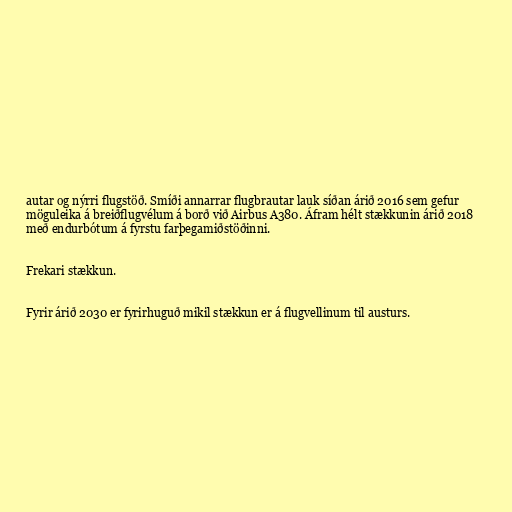
autar og nýrri flugstöð. Smíði annarrar flugbrautar lauk síðan árið 2016 sem gefur
möguleika á breiðflugvélum á borð við Airbus A380. Áfram hélt stækkunin árið 2018
með endurbótum á fyrstu farþegamiðstöðinni.

Frekari stækkun.

Fyrir árið 2030 er fyrirhuguð mikil stækkun er á flugvellinum til austurs.